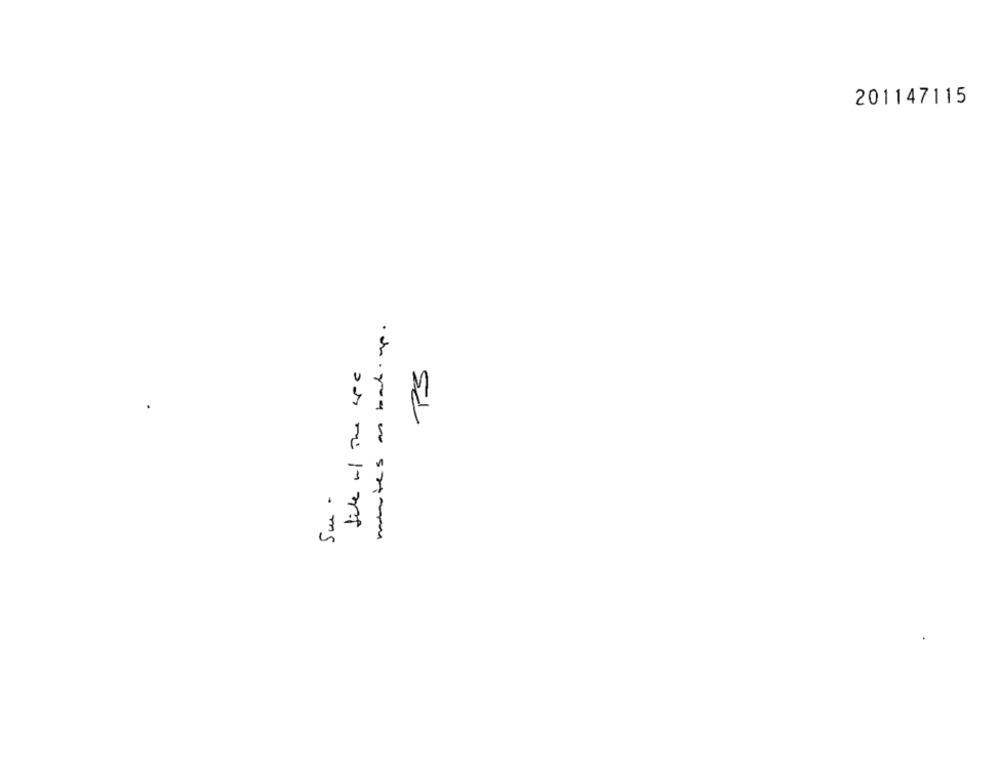
201147115
file w/ The se
PS
5m .